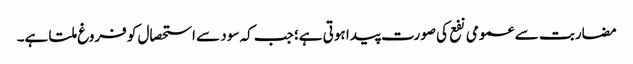
مضاربت سے عمومی نفع کی صورت پیدا ہوتی ہے؛ جب کہ سود سے استحصال کو فروغ ملتا ہے۔